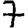
Digit: 7